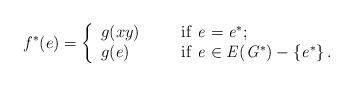
LaTeX: \begin{align*}f^*(e)=\left\lbrace \begin{array}{lllllllll}g(xy)&&&\rm if~\it e=e^*;\\g(e)&&&\rm if~\it e\in E(G^*)-\left\lbrace e^*\right\rbrace .\end{array}\right.\end{align*}